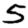
Digit: 5